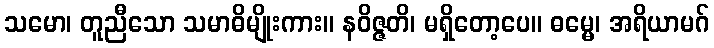
သမော၊ တူညီသော သမာဓိမျိုးကား။ နဝိဇ္ဇတိ၊ မရှိတော့ပေ။ ဓမ္မေ၊ အရိယာမဂ်